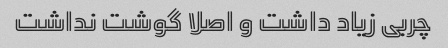
چربی زیاد داشت و اصلا گوشت نداشت